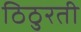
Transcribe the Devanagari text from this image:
ठिठुरती